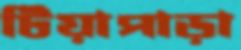
টিয়াপাড়া